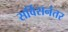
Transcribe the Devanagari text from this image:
सर्विसनंतर